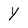
Character: Y